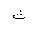
Letter: _tha